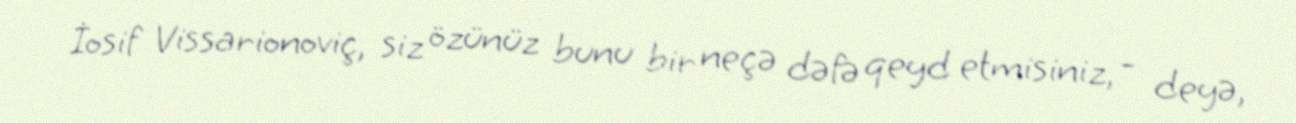
İosif Vissarionoviç, siz özünüz bunu bir neçə dəfə qeyd etmisiniz, - deyə,